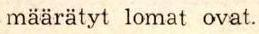
määrätyt lomat ovat.